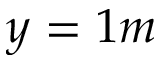
y = 1 m